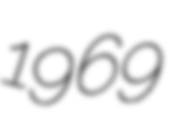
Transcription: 1969